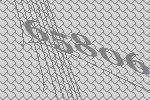
65806